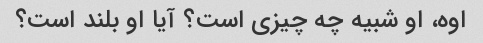
اوه، او شبیه چه چیزی است؟ آیا او بلند است؟